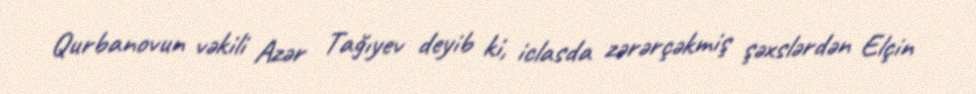
Qurbanovun vəkili Azər Tağıyev deyib ki, iclasda zərərçəkmiş şəxslərdən Elçin